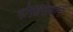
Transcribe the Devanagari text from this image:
गोरक्षनाथानी